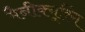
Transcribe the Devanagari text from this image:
मैनीक्यूरिंग